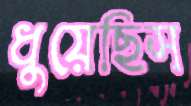
ধুয়েছিস